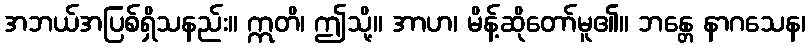
အဘယ်အပြစ်ရှိသနည်း။ ဣတိ၊ ဤသို့။ အာဟ၊ မိန့်ဆိုတော်မူ၏။ ဘန္တေ နာဂသေန၊